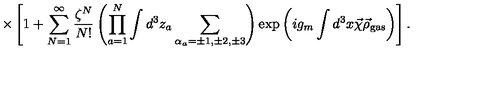
\times \left[ 1 + \sum _ { N = 1 } ^ { \infty } \frac { \zeta ^ { N } } { N ! } \left( \prod _ { a = 1 } ^ { N } \int d ^ { 3 } z _ { a } \sum _ { \alpha _ { a } = \pm 1 , \pm 2 , \pm 3 } ^ { } \right) \exp \left( i g _ { m } \int d ^ { 3 } x \vec { \chi } \vec { \rho } _ { \mathrm { g a s } } \right) \right] .